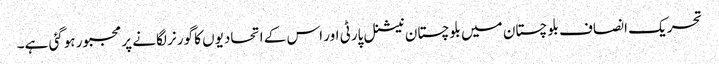
تحریک انصاف بلوچستان میں بلوچستان نیشنل پارٹی اور اس کے اتحادیوں کا گورنر لگانے پر مجبور ہوگئی ہے۔